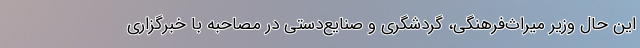
این حال وزیر میراث‌فرهنگی، گردشگری و صنایع‌دستی در مصاحبه با خبرگزاری